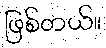
ဖြစ်တယ်။